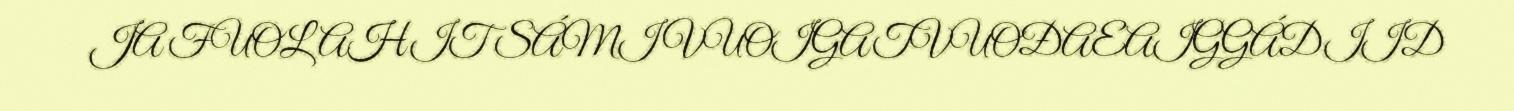
JA FUOLAHIT SÁMI VUOIGATVUOĐAEAIGGÁDIID